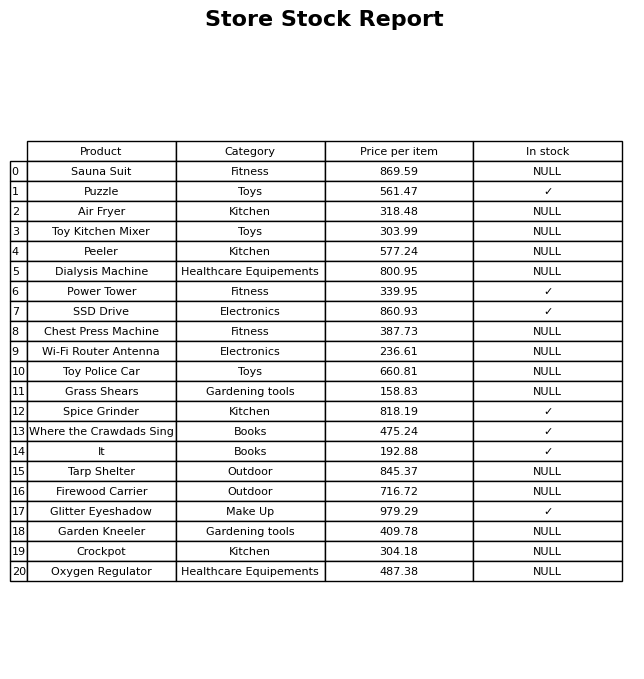
question: What is the stock status of the Crockpot?
answer: NULL